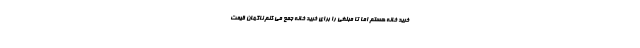
خرید خانه هستم اما تا مبلغی را برای خرید خانه جمع می کنم ناگهان قیمت